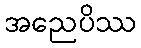
အညေပိဿ